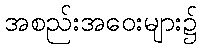
အစည်းအဝေးများ၌